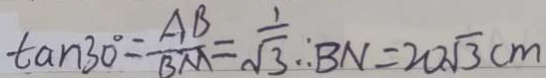
\tan 3 0 ^ { \circ } = \frac { A B } { B M } = \frac { 1 } { \sqrt { 3 } } \therefore B N = 2 0 \sqrt { 3 } c m